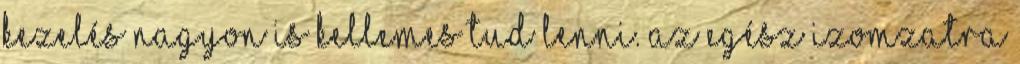
kezelés nagyon is kellemes tud lenni. Az egész izomzatra